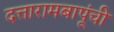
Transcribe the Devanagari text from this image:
दत्तारामबापूंची